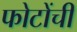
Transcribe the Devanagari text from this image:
फोटोंची